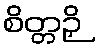
စိတ္တဉှိ